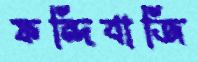
ফন্দিবাজি